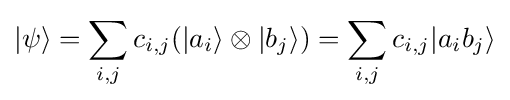
|\psi \rangle =\sum _{i,j}c_{i,j}(|a_{i}\rangle \otimes |b_{j}\rangle )=\sum _{i,j}c_{i,j}|a_{i}b_{j}\rangle